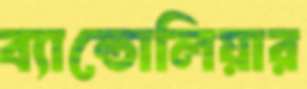
ব্যান্ডোলিয়ার